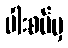
ပါးစပ်မှ